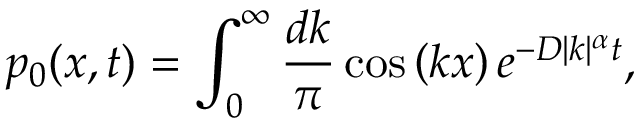
p _ { 0 } ( x , t ) = \int _ { 0 } ^ { \infty } \frac { d k } { \pi } \cos \left( k x \right) e ^ { - D | k | ^ { \alpha } t } ,